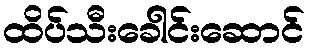
ထိပ်သီးခေါင်းဆောင်